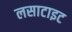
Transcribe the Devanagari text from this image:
लसाटाइट